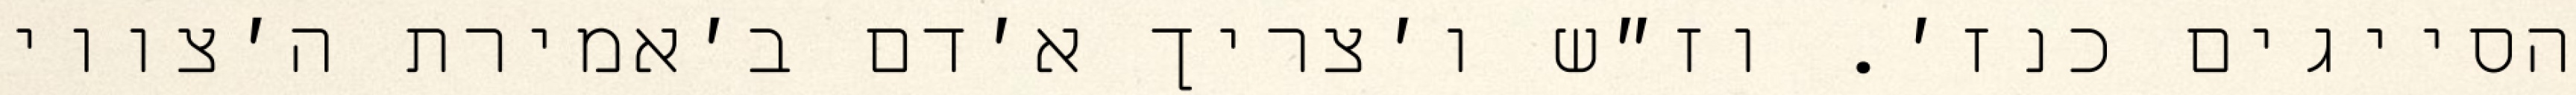
הסייגים כנז׳. וז״ש ו׳צריך א׳דם ב׳אמירת ה׳צווי